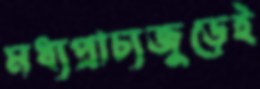
মধ্যপ্রাচ্যজুড়েই